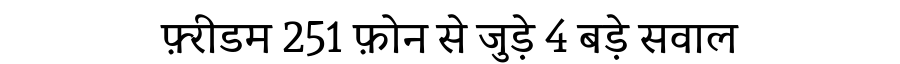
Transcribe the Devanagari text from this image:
फ़्रीडम 251 फ़ोन से जुड़े 4 बड़े सवाल